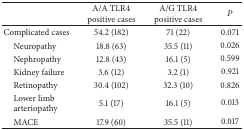
|  | A/A TLR4 positive cases | A/G TLR4 positive cases | P |
 | --- | --- | --- | --- |
 | Complicated cases | 54.2 (182) | 71 (22) | 0.071 |
 | Neuropathy | 18.8 (63) | 35.5 (11) | 0.026 |
 | Nephropathy | 12.8 (43) | 16.1 (5) | 0.599 |
 | Kidney failure | 3.6 (12) | 3.2 (1) | 0.921 |
 | Retinopathy | 30.4 (102) | 32.3 (10) | 0.826 |
 | Lower limbarteriopathy | 5.1 (17) | 16.1 (5) | 0.013 |
 | MACE | 17.9 (60) | 35.5 (11) | 0.017 |